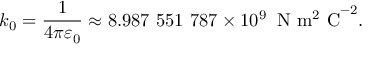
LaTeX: k _ { 0 } = { \frac { 1 } { 4 \pi \varepsilon _ { 0 } } } \approx 8 . 9 8 7 \ 5 5 1 \ 7 8 7 \times 1 0 ^ { 9 } \; \; \mathrm { N \ m ^ { 2 } \ C } ^ { - 2 } .